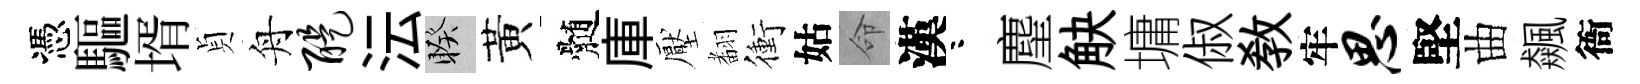
憑驅壻貞舟醍沄睽黃髄庫壓𮋒衝姑命漢咯麈觖墉俶敎牢思堅曲飆衙